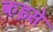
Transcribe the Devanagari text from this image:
कइसे